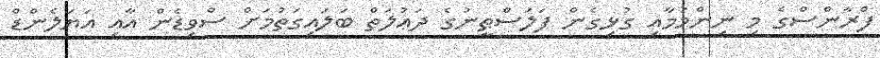
ފްރާންސްގެ މި ނިންމުމާއި ގުޅިގެން ފަލަސްޠީނުގެ ދަޢުލަތް ބަލައިގަތުމަށް ސްވިޑެން އާއި އަޔަލެންޑް